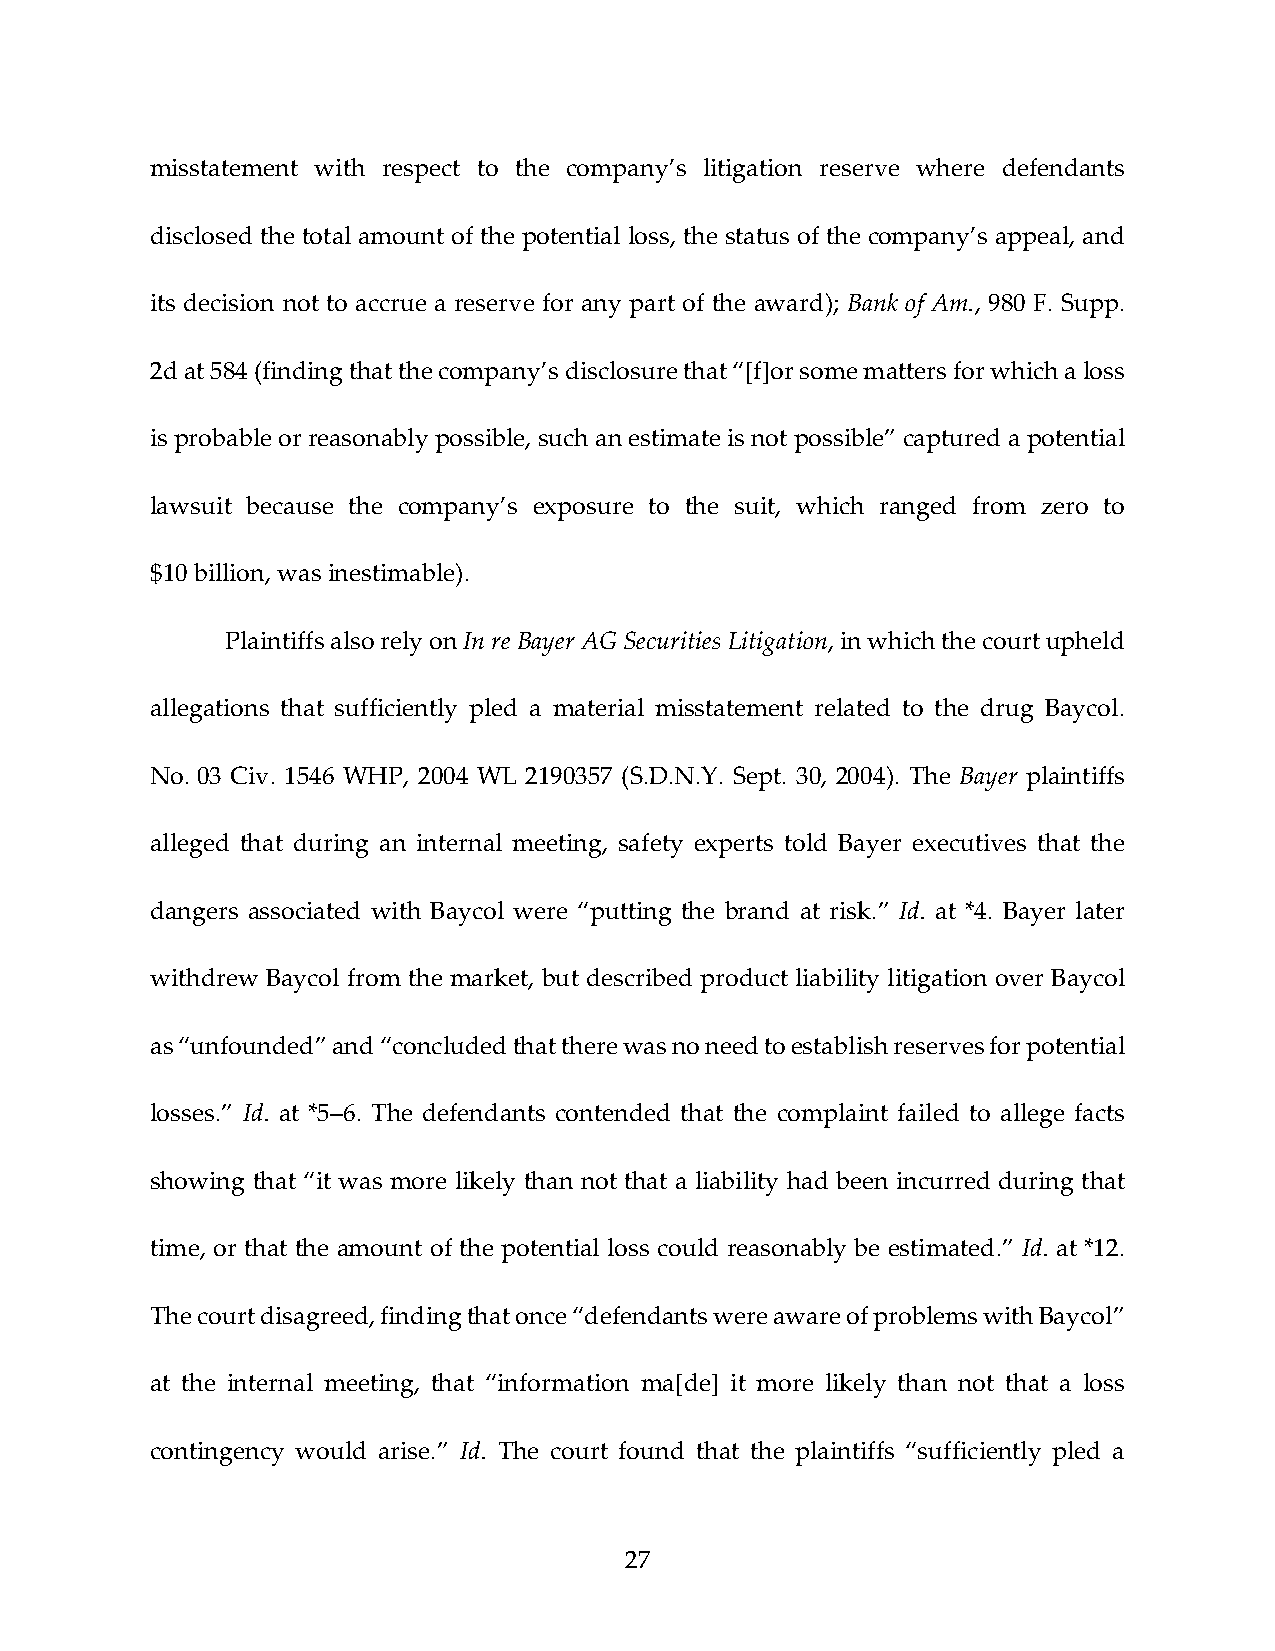
misstatement with respect to the company’s litigation reserve where defendants
 disclosed the total amount of the potential loss, the status of the company’s appeal, and
 its decision not to accrue a reserve for any part of the award); Bank of Am., 980 F. Supp.
 2d at 584 (finding that the company’s disclosure that “[f]or some matters for which a loss
 is probable or reasonably possible, such an estimate is not possible” captured a potential
 lawsuit because the company’s exposure to the suit, which ranged from zero to
 $10 billion, was inestimable).
 Plaintiffs also rely on In re Bayer AG Securities Litigation, in which the court upheld
 allegations that sufficiently pled a material misstatement related to the drug Baycol.
 No. 03 Civ. 1546 WHP, 2004 WL 2190357 (S.D.N.Y. Sept. 30, 2004). The Bayer plaintiffs
 alleged that during an internal meeting, safety experts told Bayer executives that the
 dangers associated with Baycol were “putting the brand at risk.” Id. at *4. Bayer later
 withdrew Baycol from the market, but described product liability litigation over Baycol
 as “unfounded” and “concluded that there was no need to establish reserves for potential
 losses.” Id. at *5–6. The defendants contended that the complaint failed to allege facts
 showing that “it was more likely than not that a liability had been incurred during that
 time, or that the amount of the potential loss could reasonably be estimated.” Id. at *12.
 The court disagreed, finding that once “defendants were aware of problems with Baycol”
 at the internal meeting, that “information ma[de] it more likely than not that a loss
 contingency would arise.” Id. The court found that the plaintiffs “sufficiently pled a
 27